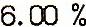
6.00 %